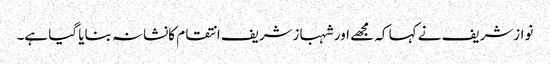
نوازشریف نے کہا کہ مجھے اور شہبازشریف انتقام کانشانہ بنایا گیا ہے۔